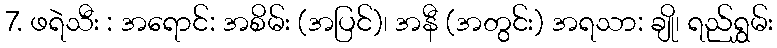
7. ဖရဲသီး : အရောင်: အစိမ်း (အပြင်)၊ အနီ (အတွင်း) အရသာ: ချို၊ ရည်ရွှမ်း